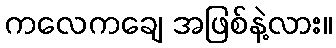
ကလေကချေ အဖြစ်နဲ့လား။